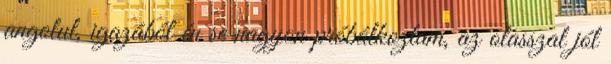
angolul, igazából én se nagyon próbálkoztam, az olasszal jól